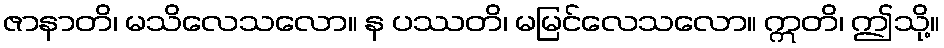
ဇာနာတိ၊ မသိလေသလော။ န ပဿတိ၊ မမြင်လေသလော။ ဣတိ၊ ဤသို့။